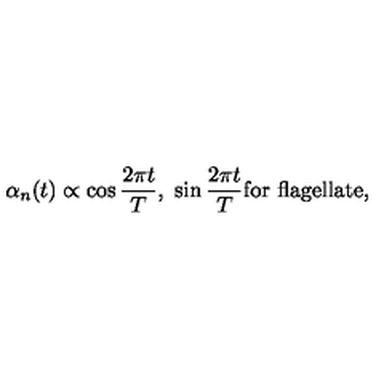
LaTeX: \alpha _ { n } ( t ) \propto \cos { \frac { 2 \pi t } { T } } , \ \sin { \frac { 2 \pi t } { T } } \mathrm { f o r \ f l a g e l l a t e } ,